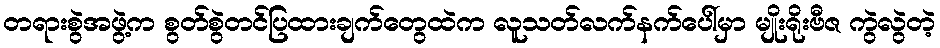
တရားစွဲအဖွဲ့က စွတ်စွဲတင်ပြထားချက်တွေထဲက လူသတ်လက်နက်ပေါ်မှာ မျိုးရိုးဗီဇ ကွဲလွဲတဲ့